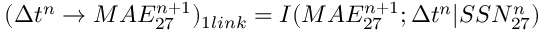
\large ( \Delta t ^ { n } \rightarrow M A E _ { 2 7 } ^ { n + 1 } \large ) _ { 1 l i n k } = I ( M A E _ { 2 7 } ^ { n + 1 } ; \Delta t ^ { n } | S S N _ { 2 7 } ^ { n } )